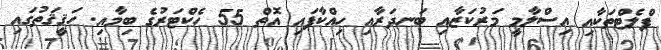
ފްލެޓްތަކާއި އިސްލާމީ މަރުކަޒާއި ބަނދަރާއި ހިއްކާފައި އޮތް 55 ހެކްޓަރުގެ ބިމާއި. ހަޤީޤަތުގައި